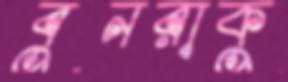
বুনরাকু